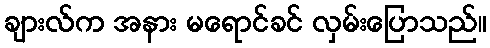
ချားလ်က အနား မရောင်ခင် လှမ်းပြောသည်။